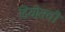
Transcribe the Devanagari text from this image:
दियोसची